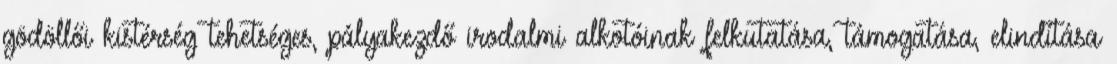
gödöllői kistérség tehetséges, pályakezdő irodalmi alkotóinak felkutatása, támogatása, elindítása